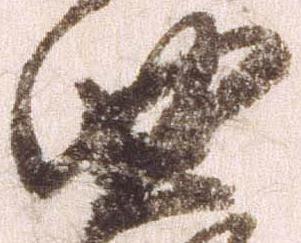
曲